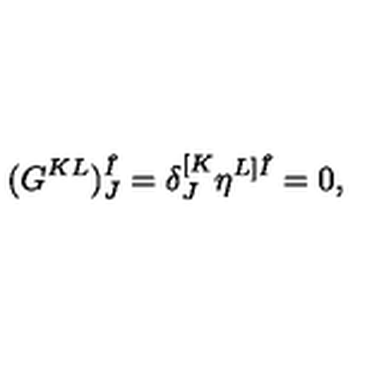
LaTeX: ( G ^ { K L } ) _ { J } ^ { \hat { I } } = \delta _ { J } ^ { [ K } \eta ^ { L ] \hat { I } } = 0 ,